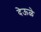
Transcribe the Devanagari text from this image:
देऊळे